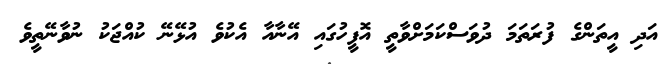
އަދި އީތަންގެ ފުރަތަމަ ދުވަސްކަމަށްވާތީ އޮފީހުގައި އޭނާއާ އެކުވެ އުޅޭނޭ ކުއްޖަކު ނުވާނޭތީވެ